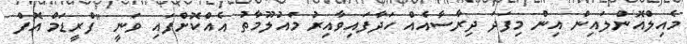
މެއިލްއޮންލައިން އިން މިފަދަ ދިރާސާއެއް ހަދާފައިވާއިރު މައުލޫމާތު އެއްކޮށްފައި ވަނީ "ފްރީޑަމް އޮފް